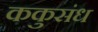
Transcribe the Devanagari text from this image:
ककुसंध